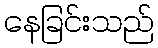
နေခြင်းသည်